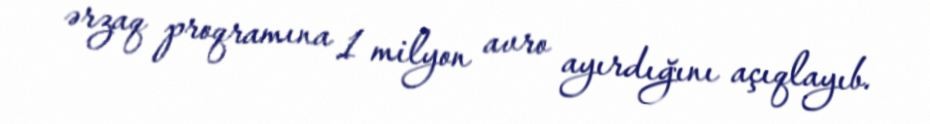
ərzaq proqramına 1 milyon avro ayırdığını açıqlayıb.